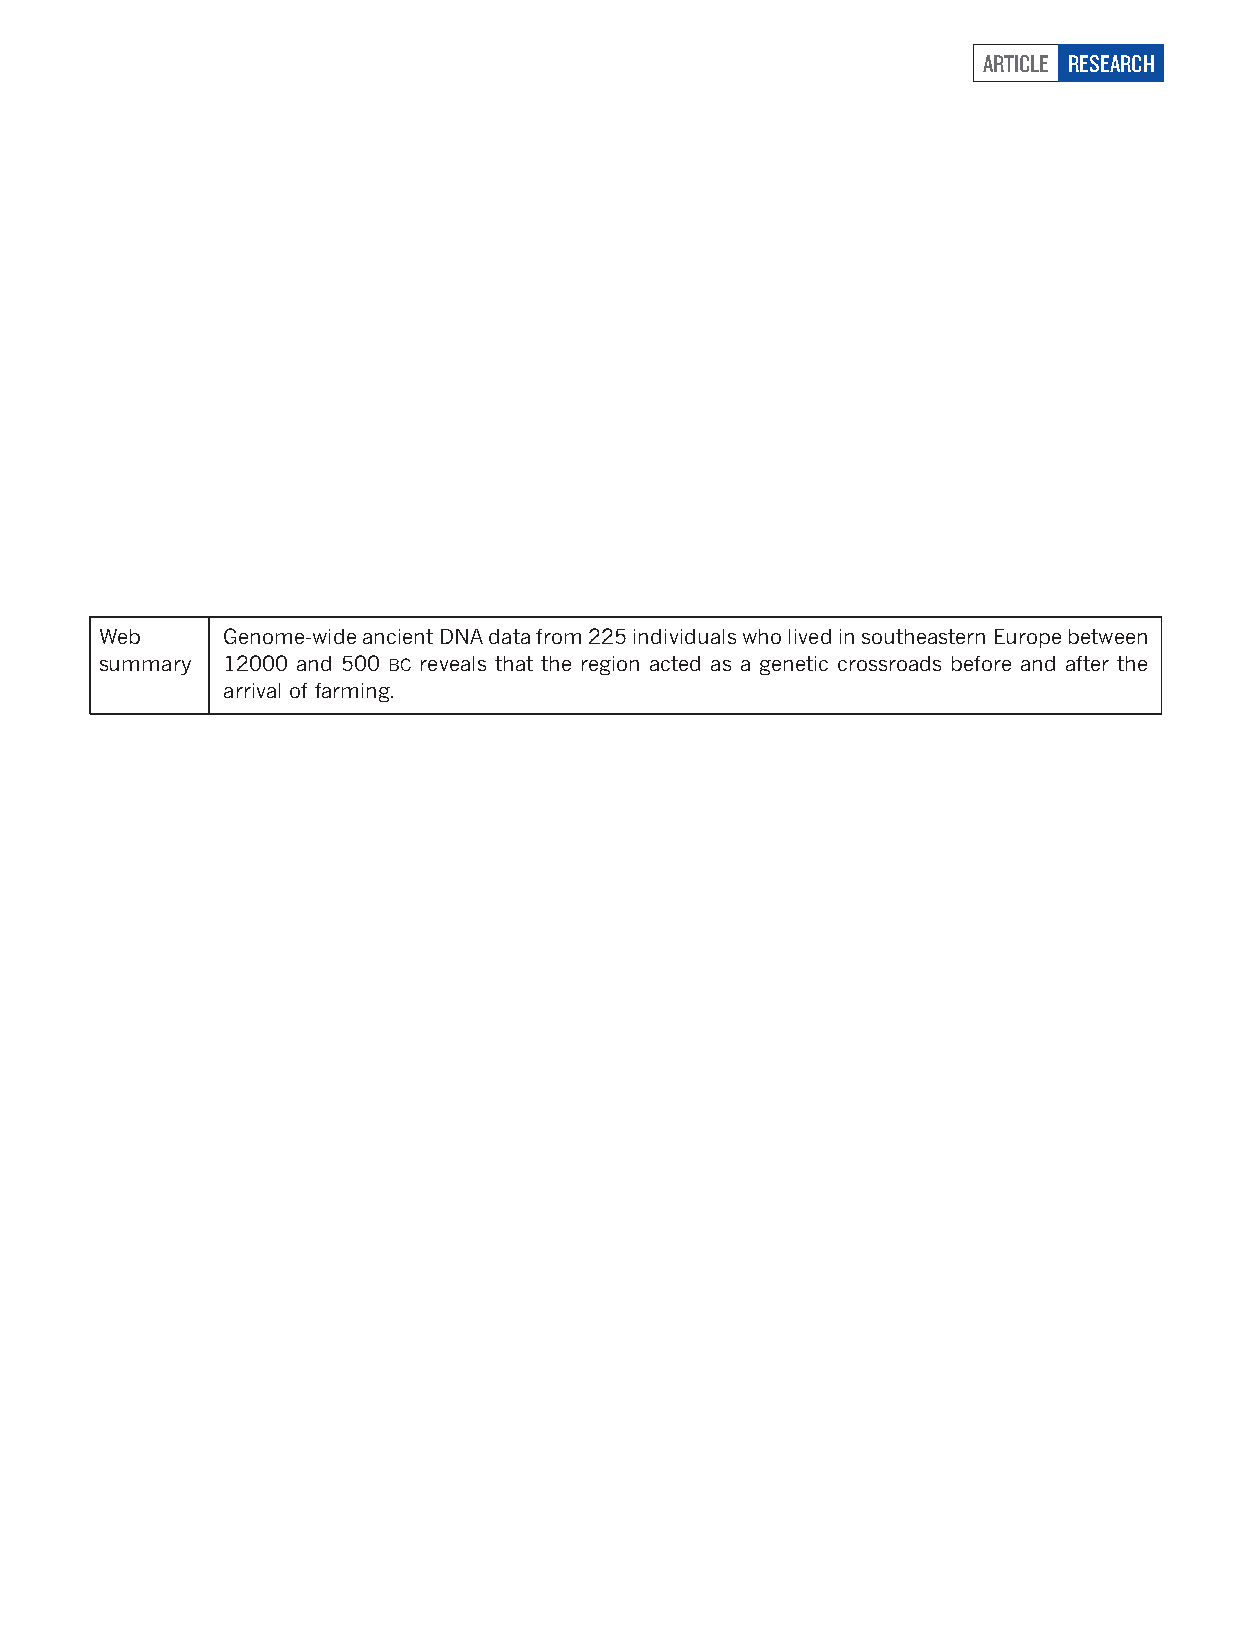
ARTICLE RESEARCH
 Web     Genome-wide ancient DNA data from 225 individuals who lived in southeastern Europe between
 summary 12000 and 500 BC reveals that the region acted as a genetic crossroads before and after the
 arrival of farming.